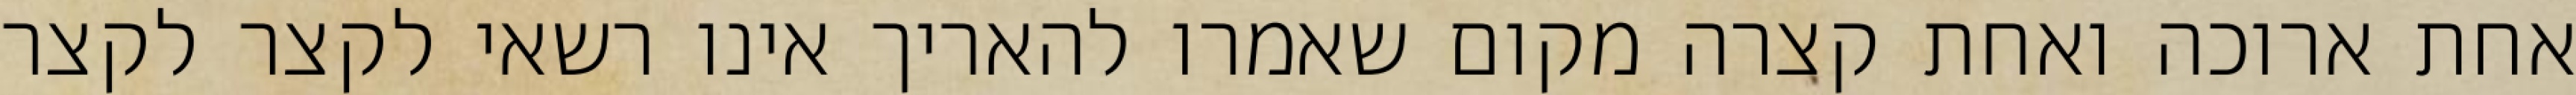
אחת ארוכה ואחת קצרה מקום שאמרו להאריך אינו רשאי לקצר לקצר